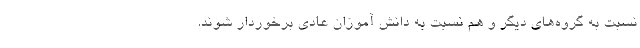
نسبت به گروه‌های دیگر و هم نسبت به دانش آموزان عادی برخوردار شوند.